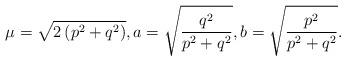
LaTeX: \begin{align*}\mu = \sqrt{2\left(p^2+q^2\right)},a = \sqrt{\frac{q^2}{p^2+q^2}},b = \sqrt{\frac{p^2}{p^2+q^2}}.\end{align*}